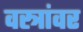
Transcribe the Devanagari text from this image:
वस्त्रांवर